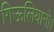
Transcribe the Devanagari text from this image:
गिऊलियानो।